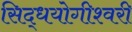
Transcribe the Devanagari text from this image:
सिद्धयोगीश्वरी